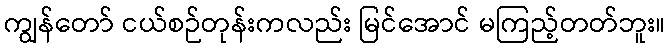
ကျွန်တော် ငယ်စဉ်တုန်းကလည်း မြင်အောင် မကြည့်တတ်ဘူး။